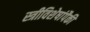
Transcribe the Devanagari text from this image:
स्त्रीविशेषांपैकी